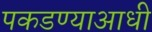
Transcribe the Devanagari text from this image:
पकडण्याआधी